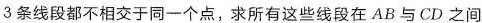
3条线段都不相交于同一个点，求所有这些线段在AB与CD之间